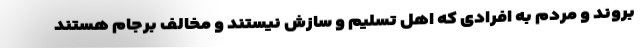
بروند و مردم به افرادی که اهل تسلیم و سازش نیستند و مخالف برجام هستند